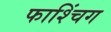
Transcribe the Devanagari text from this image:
फाश्चिंग